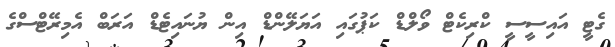
ގެޓީ އައިސީސީ ކްރިކެޓް ވޯލްޑް ކަޕުގައި އަޔަލޭންޑް އިން ޔުނައިޓެޑް އަރަބް އެމިރޭޓްސްގެ